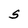
Character: S